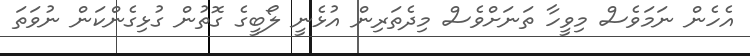
އެހެން ނަމަވެސް މިވީހާ ތަނަށްވެސް މިދެތަރިން އުޅެނީ ލޯބީގެ ގޮތުން ގުޅިގެންކަން ނުވަތަ